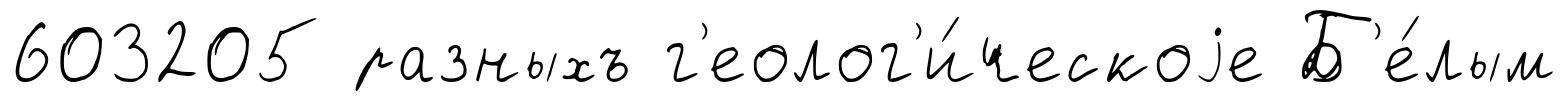
603205 разныхъ г'еолог'и́ческоjе Б'е́лым